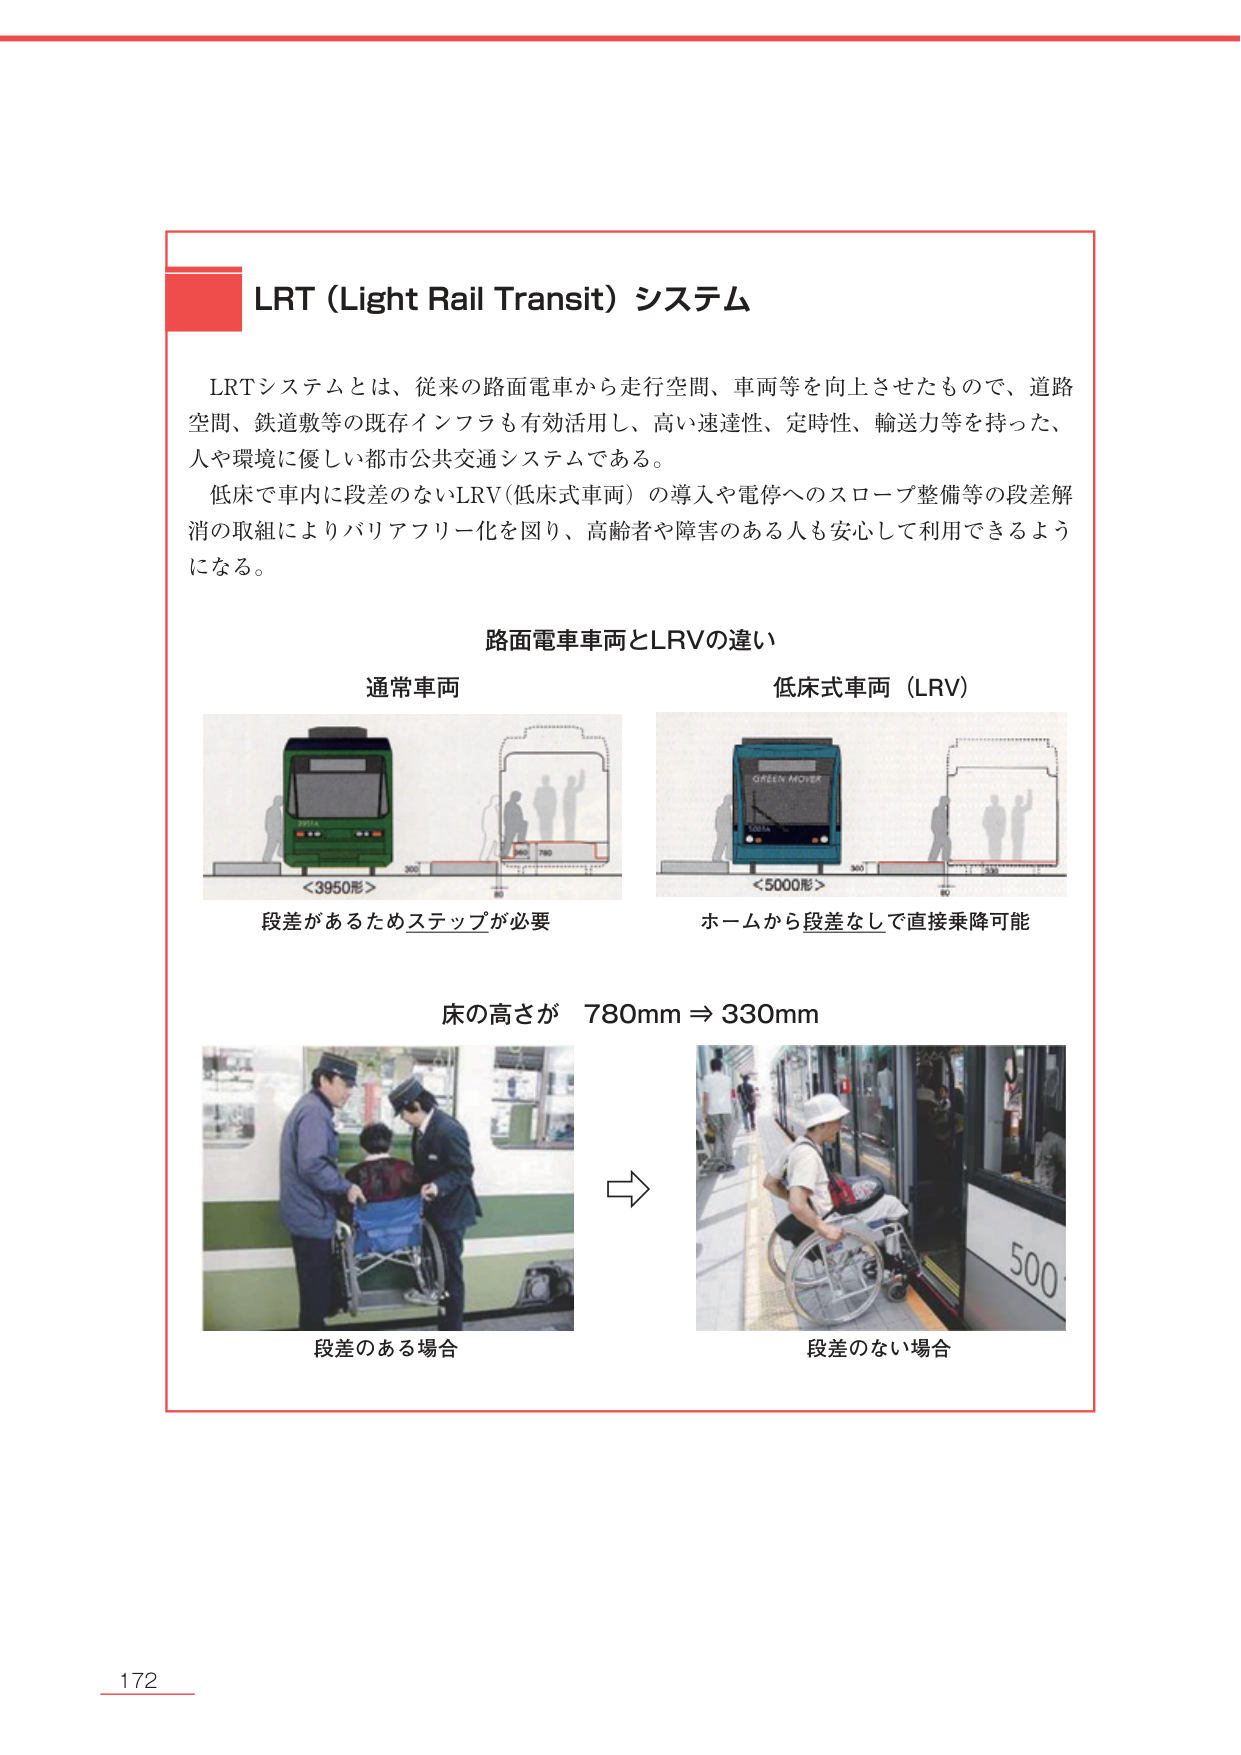
LRT (Light Rail Transit) システム

LRTシステムとは、従来の路面電車から走行空間、車両等を向上させたもので、道路空間、鉄道敷等の既存インフラも有効活用し、高い速達性、定時性、輸送力等を持った、人や環境に優しい都市公共交通システムである。
低床で車内に段差のないLRV（低床式車両）の導入や電停へのスロープ整備等の段差解消の取組によりバリアフリー化を図り、高齢者や障害のある人も安心して利用できるようになる。

路面電車車両とLRVの違い

通常車両
<3950形>
段差があるためステップが必要

低床式車両（LRV）
<5000形>
ホームから段差なしで直接乗降可能

床の高さが 780mm ⇒ 330mm

段差のある場合
段差のない場合

172